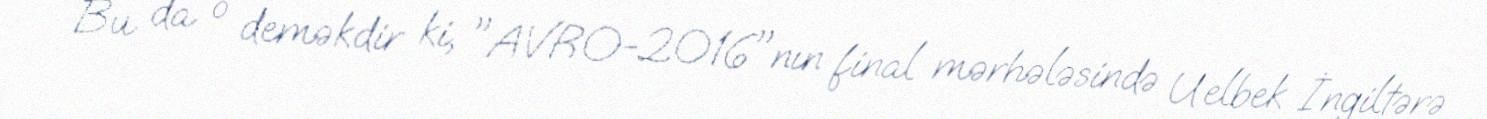
Bu da o deməkdir ki, "AVRO-2016"nın final mərhələsində Uelbek İngiltərə